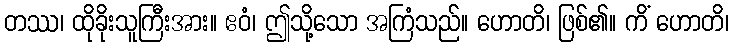
တဿ၊ ထိုခိုးသူကြီးအား။ ဧဝံ၊ ဤသို့သော အကြံသည်။ ဟောတိ၊ ဖြစ်၏။ ကိံ ဟောတိ၊